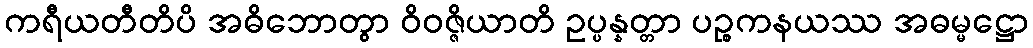
ကရီယတီတိပိ အဓိဘောတွာ ဝိဝဇ္ဇိယာတိ ဥပ္ပန္နတ္တာ ပဉ္စကနယဿ အဓမ္မဋ္ဌော